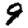
Digit: 9